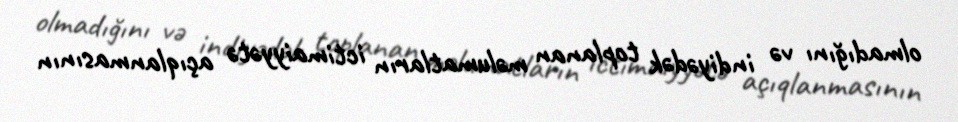
olmadığını və indiyədək toplanan məlumatların ictimaiyyətə açıqlanmasının